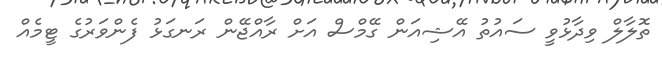
ތޮލާލް ވިދާޅުވީ ސައުތު އޭޝިއަން ގޭމްސް އަށް ރާއްޖޭން ރަނގަޅު ފެންވަރުގެ ޓީމެއް